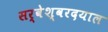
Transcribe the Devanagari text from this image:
सर्वेश्वरदयाल